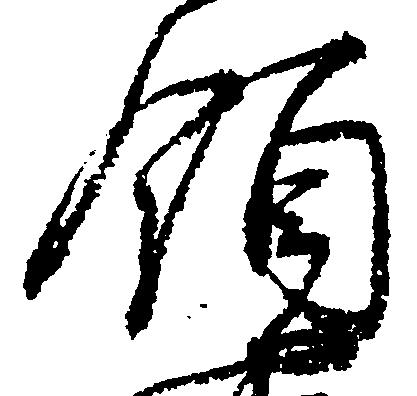
領